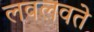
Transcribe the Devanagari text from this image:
लवलवते